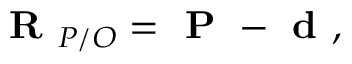
{ \textbf { R } } _ { P / O } = { \textbf { P } } - { \textbf { d } } ,